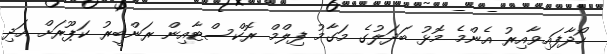
ހޯދާފައިވާއިރު އެންމެ މޮޅު ބަދަލުގެ މަގާމު ފިލްމް ރޮކްސްޓާއިން ރަންބީރު ކަޕޫރަށް އަދި